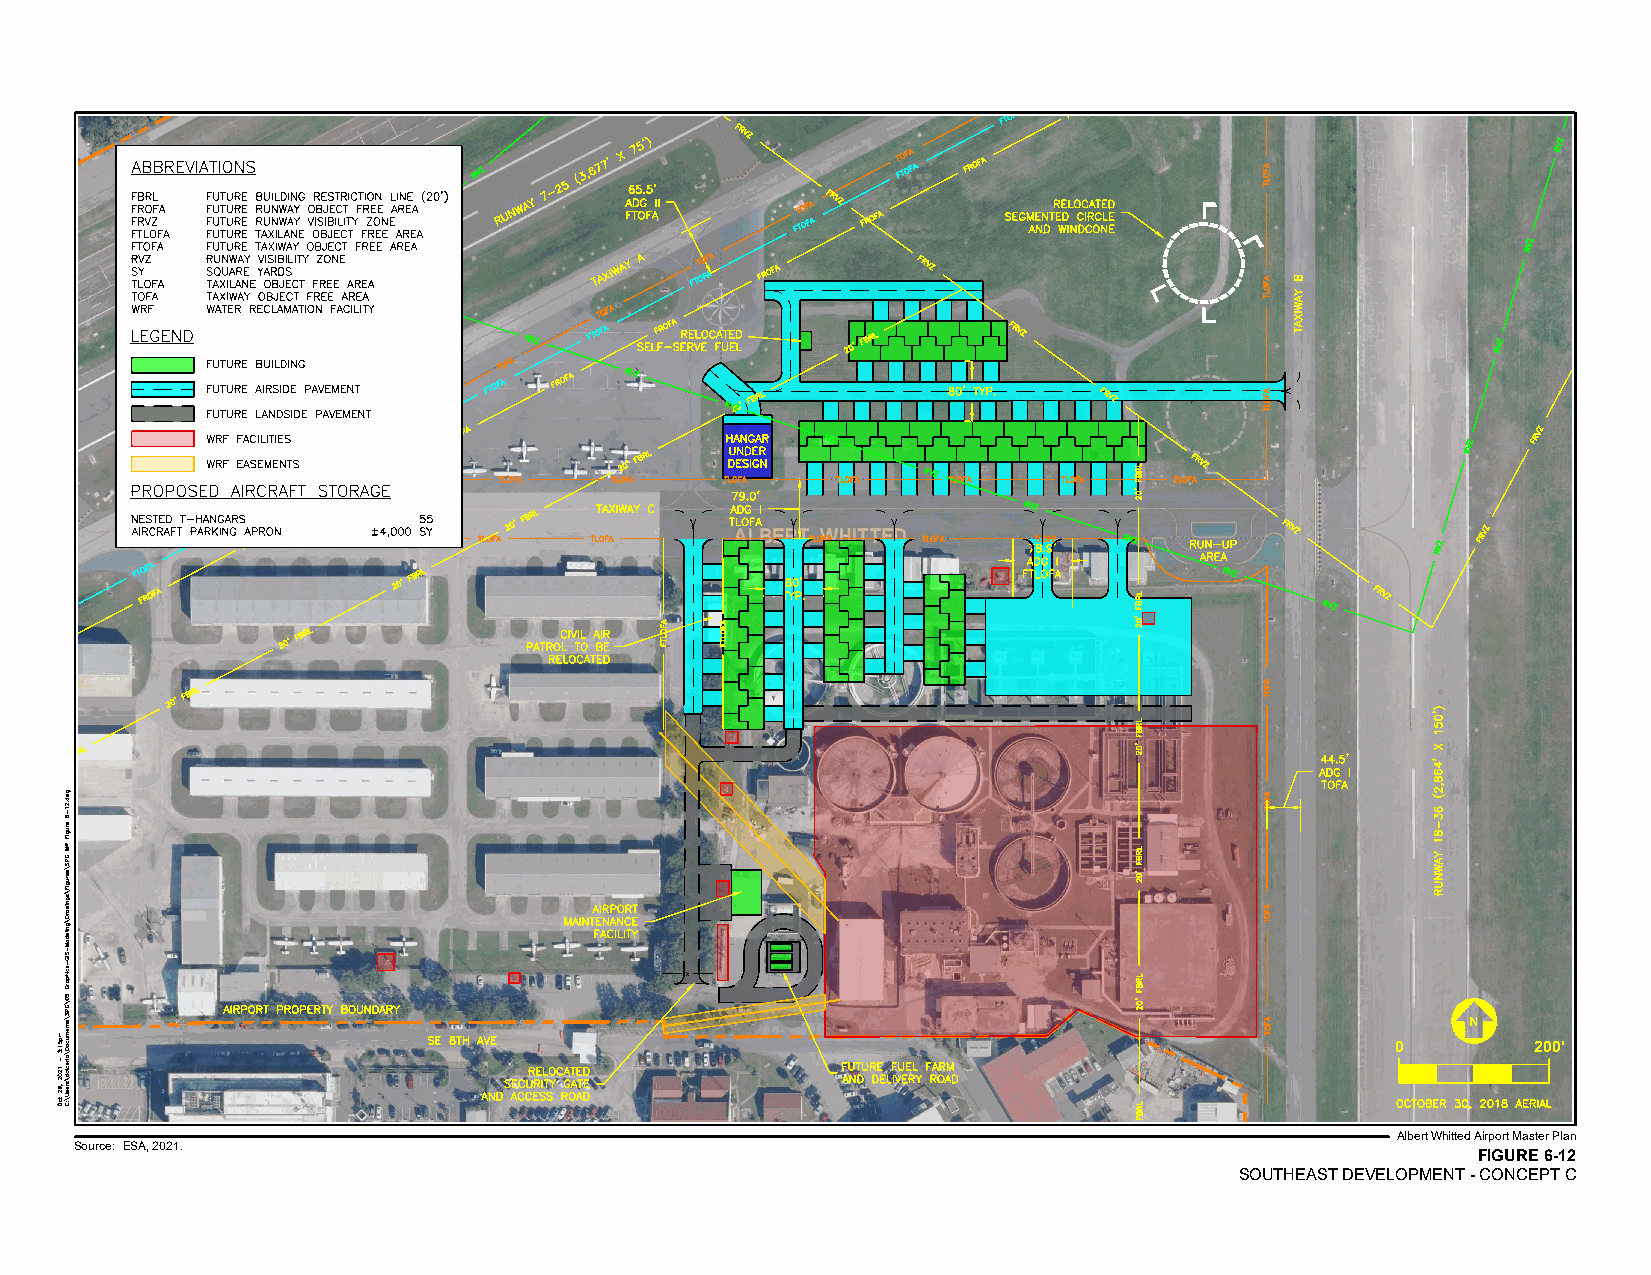
X
 N
 0         200'
 Albert Whitted Airport Master Plan
 Source: ESA, 2021.
 FIGURE 6-12
 SOUTHEAST DEVELOPMENT - CONCEPT C